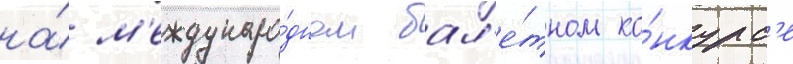
на́ м'еждунаро́дном бал'е́тном ко́нкурс'е